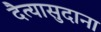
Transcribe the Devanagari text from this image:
दैत्‍यासुदाना